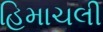
હિમાચલી